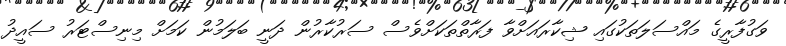
ވަގުފާރީގެ މައްސަލަތަކުގައި ޝިކާރައަށްވާ ފަރާތްތަކަށްވެސް ސަރުކާރުން ދަނީ ބަލަމުން ކަމަށް މިނިސްޓަރު ސައީދު